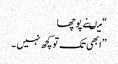
“ میںنے پوچھا
” ابھی تک تو کچھ نہیں ۔